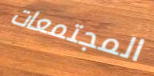
المجتمعات